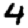
Digit: 4